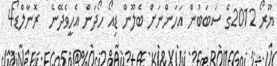
ޔޫރޯ 2012ގެ ސަބަބުން އަހަންނަށް ބެލޫން ޑިއޯ ހޯދަން އެހީވެދޭނެ  ރޮނާލްޑޯ4